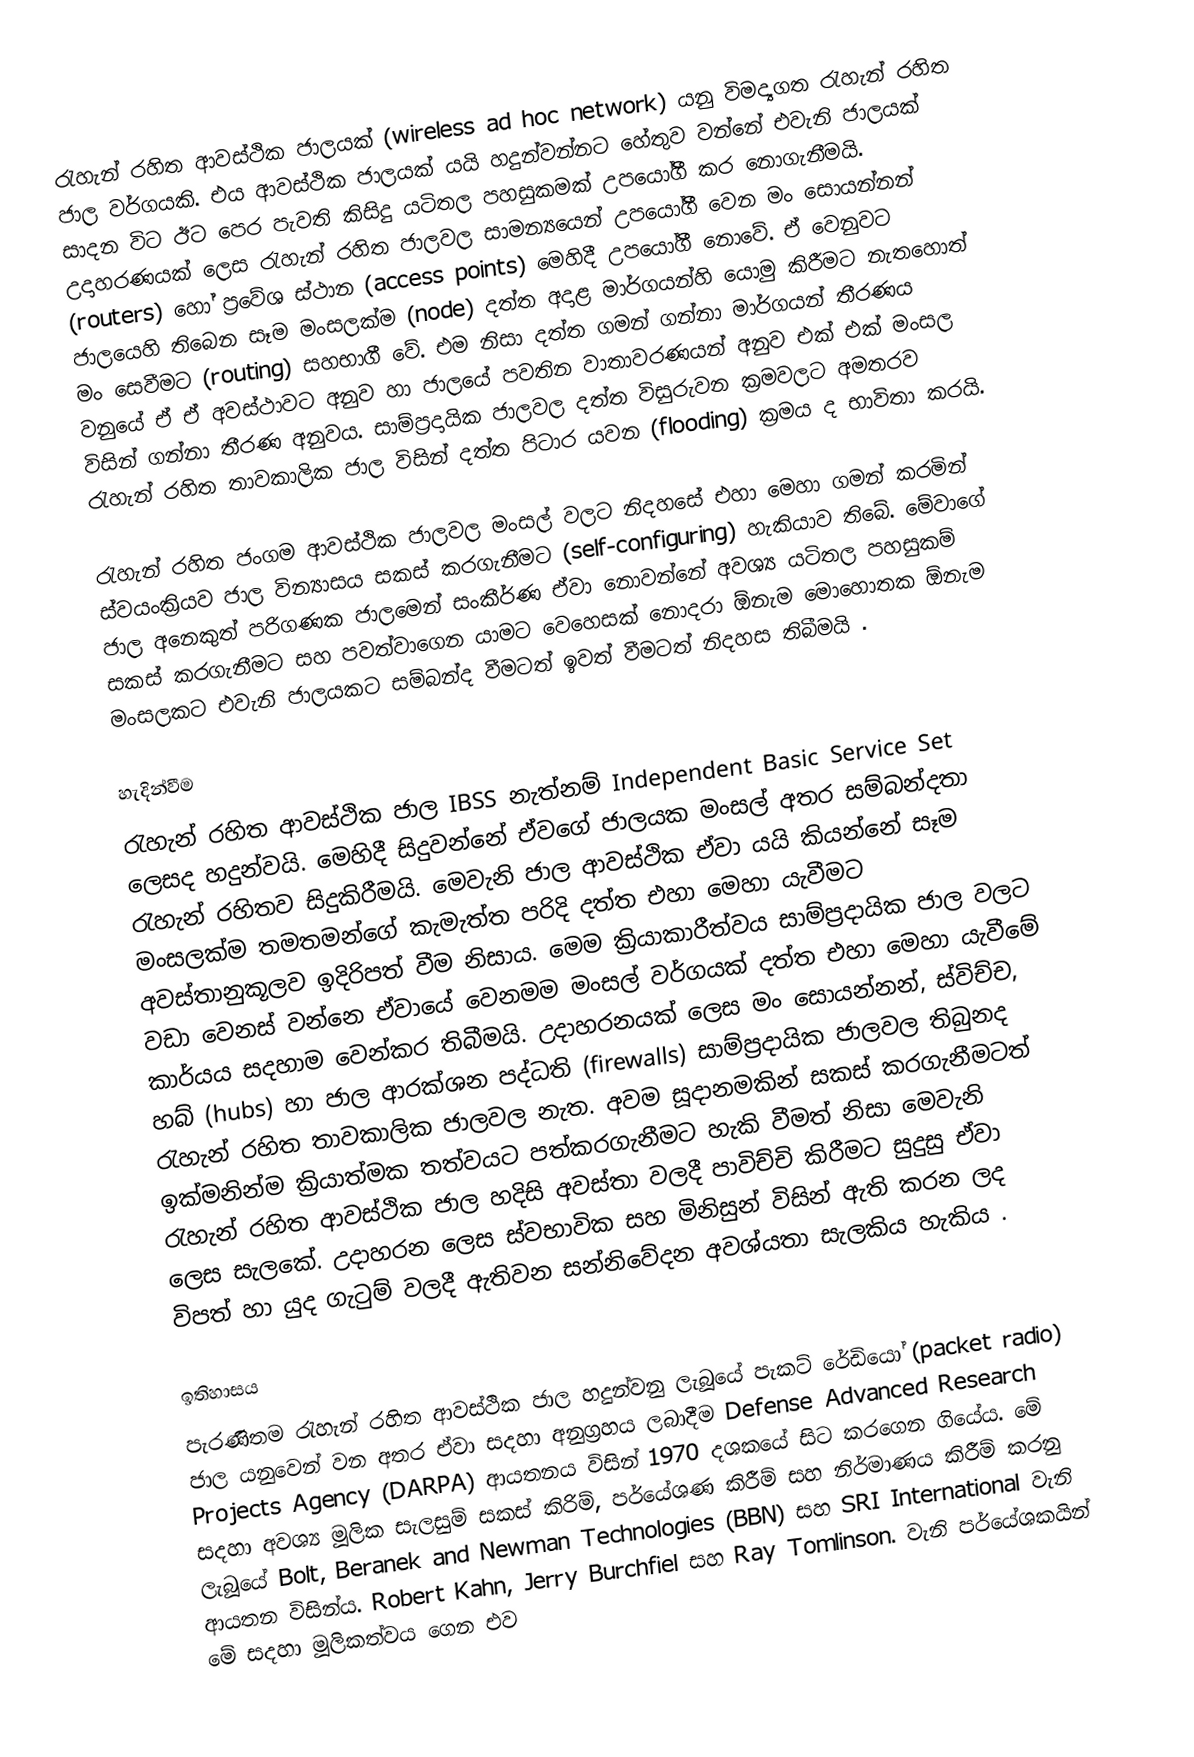
රැහැන් රහිත ආවස්ථික ජාලයක් (wireless ad hoc network) යනු විමද්‍යගත රැහැන් රහිත ජාල වර්ගයකි. එය ආවස්ථික ජාලයක් යයි හදුන්වන්නට හේතුව වන්නේ එවැනි ජාලයක් සාදන විට ඊට පෙර පැවති කිසිදු යටිතල පහසුකමක් උපයෝගී කර නොගැනීමයි. උදාහරණයක් ලෙස රැහැන් රහිත ජාලවල සාමන්‍යයෙන් උපයෝගී වෙන මං සොයන්නන් (routers) හෝ ප්‍රවේශ ස්ථාන (access points) මෙහිදී උපයෝගී නොවේ. ඒ වෙනුවට ජාලයෙහි තිබෙන සෑම මංසලක්ම (node) දත්ත අදාළ මාර්ගයන්හි යොමු කිරීමට නැතහොත් මං සෙවීමට (routing) සහභාගී වේ. එම නිසා දත්ත ගමන් ගන්නා මාර්ගයන් තීරණය වනුයේ ඒ ඒ අවස්ථාවට අනුව හා ජාලයේ පවතින වාතාවරණයන් අනුව එක් එක් මංසල විසින් ගන්නා තීරණ අනුවය. සාම්ප්‍රදායික ජාලවල දත්ත විසුරුවන ක්‍රමවලට අමතරව රැහැන් රහිත තාවකාලික ජාල විසින් දත්ත පිටාර යවන (flooding) ක්‍රමය ද භාවිතා කරයි.

රැහැන් රහිත ජංගම ආවස්ථික ජාලවල මංසල් වලට නිදහසේ එහා මෙහා ගමන් කරමින් ස්වයංක්‍රියව ජාල වින්‍යාසය සකස් කරගැනීමට (self-configuring) හැකියාව තිබේ. මේවාගේ ජාල අනෙකුත් පරිගණක ජාලමෙන් සංකීර්ණ ඒවා නොවන්නේ අවශ්‍ය යටිතල පහසුකම් සකස් කරගැනීමට සහ පවත්වාගෙන යාමට වෙහෙසක් නොදරා ඕනැම මොහොතක ඕනැම මංසලකට එවැනි ජාලයකට සම්බන්ද වීමටත් ඉවත් වීමටත් නිදහස තිබීමයි .

හැදින්වීම
රැහැන් රහිත ආවස්ථික ජාල IBSS නැත්නම් Independent Basic Service Set ලෙසද හදුන්වයි. මෙහිදී සිදුවන්නේ ඒවගේ ජාලයක මංසල් අතර සම්බන්දතා රැහැන් රහිතව සිදුකිරීමයි. මෙවැනි ජාල ආවස්ථික ඒවා යයි කියන්නේ සෑම මංසලක්ම තමතමන්ගේ කැමැත්ත පරිදි දත්ත එහා මෙහා යැවීමට අවස්තානුකූලව ඉදිරිපත් වීම නිසාය. මෙම ක්‍රියාකාරීත්වය සාම්ප්‍රදායික ජාල වලට වඩා වෙනස් වන්නෙ ඒවායේ වෙනමම මංසල් වර්ගයක් දත්ත එහා මෙහා යැවීමේ කාර්යය සදහාම වෙන්කර තිබීමයි. උදාහරනයක් ලෙස මං සොයන්නන්, ස්විච්ච, හබ් (hubs) හා ජාල ආරක්ශන පද්ධති (firewalls) සාම්ප්‍රදායික ජාලවල තිබුනද රැහැන් රහිත තාවකාලික ජාලවල නැත. අවම සූදානමකින් සකස් කරගැනීමටත් ඉක්මනින්ම ක්‍රියාත්මක තත්වයට පත්කරගැනීමට හැකි වීමත් නිසා මෙවැනි රැහැන් රහිත ආවස්ථික ජාල හදිසි අවස්තා වලදී පාවිච්චි කිරීමට සුදුසු ඒවා ලෙස සැලකේ. උදාහරන ලෙස ස්වභාවික සහ මිනිසුන් විසින් ඇති කරන ලද විපත් හා යුද ගැටුම් වලදී ඇතිවන සන්නිවේදන අවශ්යතා සැලකිය හැකිය .

ඉතිහාසය
පැරණිතම රැහැන් රහිත ආවස්ථික ජාල හදුන්වනු ලැබූයේ පැකට් රේඩියෝ (packet radio) ජාල යනුවෙන් වන අතර ඒවා සදහා අනුග්‍රහය ලබාදීම Defense Advanced Research Projects Agency (DARPA) ආයතනය විසින් 1970 දශකයේ සිට කරගෙන ගියේය. මේ සදහා අවශ්‍ය මූලික සැලසුම් සකස් කිරිම්, පර්යේශණ කිරීම් සහ නිර්මාණය කිරීම් කරනු ලැබූයේ Bolt, Beranek and Newman Technologies (BBN) සහ SRI International වැනි ආයතන විසින්ය. Robert Kahn, Jerry Burchfiel සහ Ray Tomlinson. වැනි පර්යේශකයින් මේ සදහා මූලිකත්වය ගෙන එව